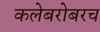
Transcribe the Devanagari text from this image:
कलेबरोबरच